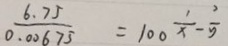
\frac { 6 . 7 5 } { 0 . 0 0 6 7 5 } = 1 0 0 \frac { 1 } { x } - \frac { 2 } { 5 }